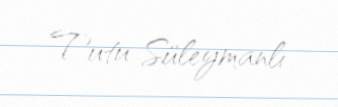
Tutu Süleymanlı